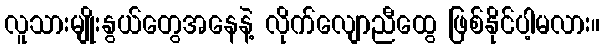
လူသားမျိုးနွယ်တွေအနေနဲ့ လိုက်လျောညီထွေ ဖြစ်နိုင်ပါ့မလား။